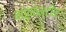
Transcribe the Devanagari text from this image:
बार्केन्टीन